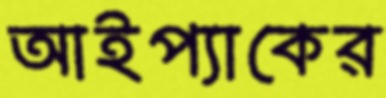
আইপ্যাকের